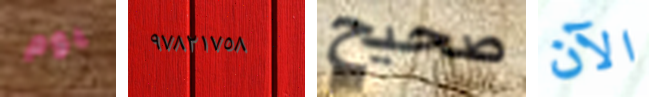
يوم ٩٧٨٢١٧٥٨ صحيح الآن